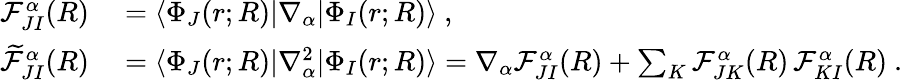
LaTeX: \begin{array}{rl}{\mathcal{F}_{JI}^{\alpha}(R)}&{{}=\langle\Phi_{J}(r;R)|\nabla_{\alpha}|\Phi_{I}(r;R)\rangle~,}\\ {\widetilde{\mathcal{F}}_{JI}^{\alpha}(R)}&{{}=\langle\Phi_{J}(r;R)|\nabla_{\alpha}^{2}|\Phi_{I}(r;R)\rangle=\nabla_{\alpha}\mathcal{F}_{JI}^{\alpha}(R)+\sum_{K}\mathcal{F}_{JK}^{\alpha}(R)\, \mathcal{F}_{KI}^{\alpha}(R)~.}\end{array}